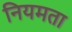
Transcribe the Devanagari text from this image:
नियमता